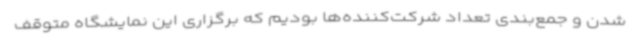
شدن و جمع‌بندی تعداد شرکت‌کننده‌ها بودیم که برگزاری این نمایشگاه متوقف